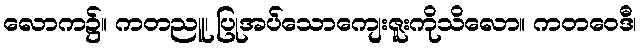
လောက၌။ ကတညူ၊ ပြုအပ်သောကျေးဇူးကိုသိလော။ ကတဝေဒီ၊